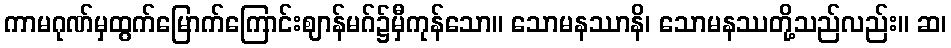
ကာမဂုဏ်မှထွက်မြောက်ကြောင်းဈာန်မဂ်၌မှီကုန်သော။ သောမနဿာနိ၊ သောမနဿတို့သည်လည်း။ ဆ၊